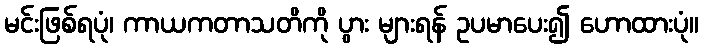
မင်းဖြစ်ရပုံ၊ ကာယကတာသတိကို ပွား များရန် ဥပမာပေး၍ ဟောထားပုံ။